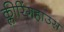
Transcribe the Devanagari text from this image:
क्लीरिंगहाउस